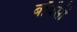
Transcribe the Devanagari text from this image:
बॉयेंसी